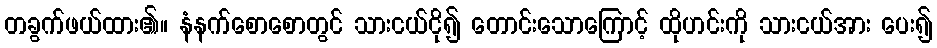
တခွက်ဖယ်ထား၏။ နံနက်စောစောတွင် သားငယ်ငို၍ တောင်းသောကြောင့် ထိုဟင်းကို သားငယ်အား ပေး၍